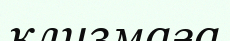
клизмаға